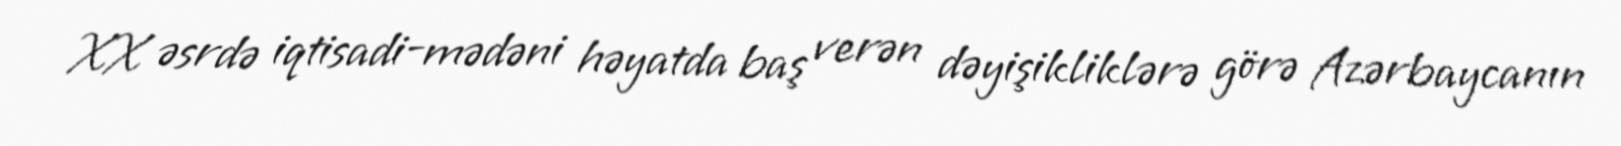
XX əsrdə iqtisadi-mədəni həyatda baş verən dəyişikliklərə görə Azərbaycanın